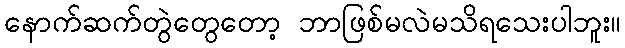
နောက်ဆက်တွဲတွေတော့ ဘာဖြစ်မလဲမသိရသေးပါဘူး။